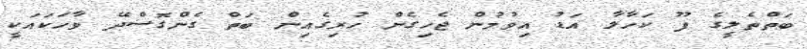
ބަތްތެލީގެ ފޫ ކަހާލާ އަޑު އިވުމުން ޖެހިގެން ހުރިގެއިން ބަތް ގެންގޮސްދޭ ވާހަކައަކީ